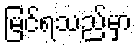
မြင်ရသည်မှာ